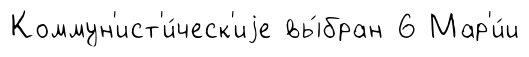
Коммун'ист'и́ческ'иjе вы́бран 6 Мар'и́и